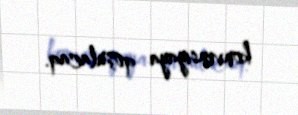
konvensiyaya qoşulacaq.